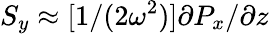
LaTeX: S_{y}\approx[1/(2\omega^{2})]\partial P_{x}/\partial z